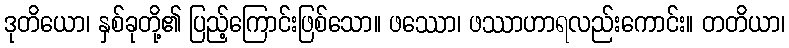
ဒုတိယော၊ နှစ်ခုတို့၏ ပြည့်ကြောင်းဖြစ်သော။ ဖဿော၊ ဖဿာဟာရလည်းကောင်း။ တတိယာ၊